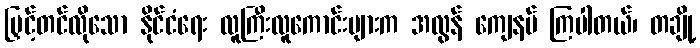
မြှင့်တင်လိုသော နိုင်ငံရေး လူကြီးလူကောင်းများက အလွန် ကျေနပ် ကြပါတယ်၊ တချို့